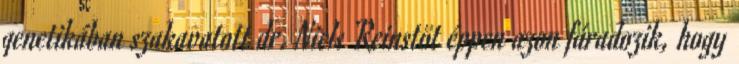
genetikában szakavatott dr. Niels Reinstöt éppen azon fáradozik, hogy